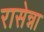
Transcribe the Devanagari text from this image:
रासेन्ना